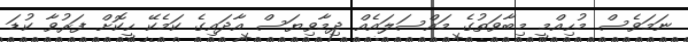
ނަމަވެސް މުހިއްމީ މިބާވަތުގެ މައްސަލައެއް ދިމާވިޔަސް އާދައިގެ ކަމެކޭ ހީކޮށް ފަރުވާ ކުޑަ